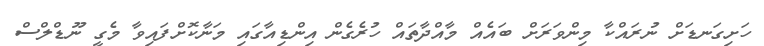
ހަށިގަނޑަށް ނުރައްކާ މިންވަރަށް ބައެއް މާއްދާތައް ހުރެގެން އިންޑިއާގައި މަނާކޮށްފައިވާ މެގީ ނޫޑްލްސް